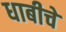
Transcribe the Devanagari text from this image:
धाबीचे